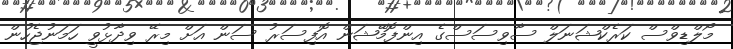
މޯލްޑިވްސް ކަރެކްޝަނަލް ސާވިސަސްގެ އިންފޮމޭޝަން އޮފިސަރު ސަން އަށް މިރޭ ވިދާޅުވީ ހަމަނުޖެހުން